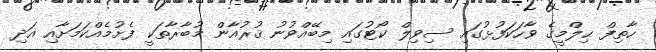
ހާތިފް ޙިލްމީގެ ވާހަކަފުޅުގައި ސިވިލް ކޯޓުގައި މިބޭއްވުނު ޤުރުއާން މުބާރާތަކީ ފެށުމެއްކަމަށާއި އަދި